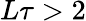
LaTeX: L\tau>2